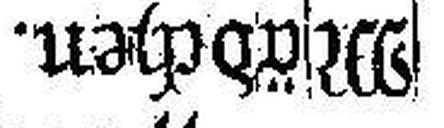
Mädchen.